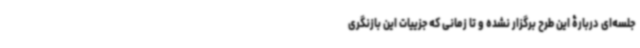
جلسه‌ای دربارۀ این طرح برگزار نشده و تا زمانی که جزییات این بازنگری